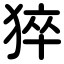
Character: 猝